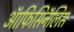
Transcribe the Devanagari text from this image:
ऑफिसिनॅलिस